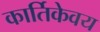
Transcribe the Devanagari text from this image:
कार्तिकेवय